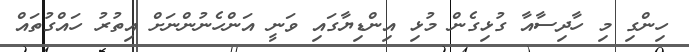
ހިންގި މި ހާދިސާއާ ގުޅިގެން މުޅި އިންޑިޔާގައި ވަނީ އަންހެނުންނަށް އިތުރު ހައްގުތައް